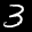
Label: 3